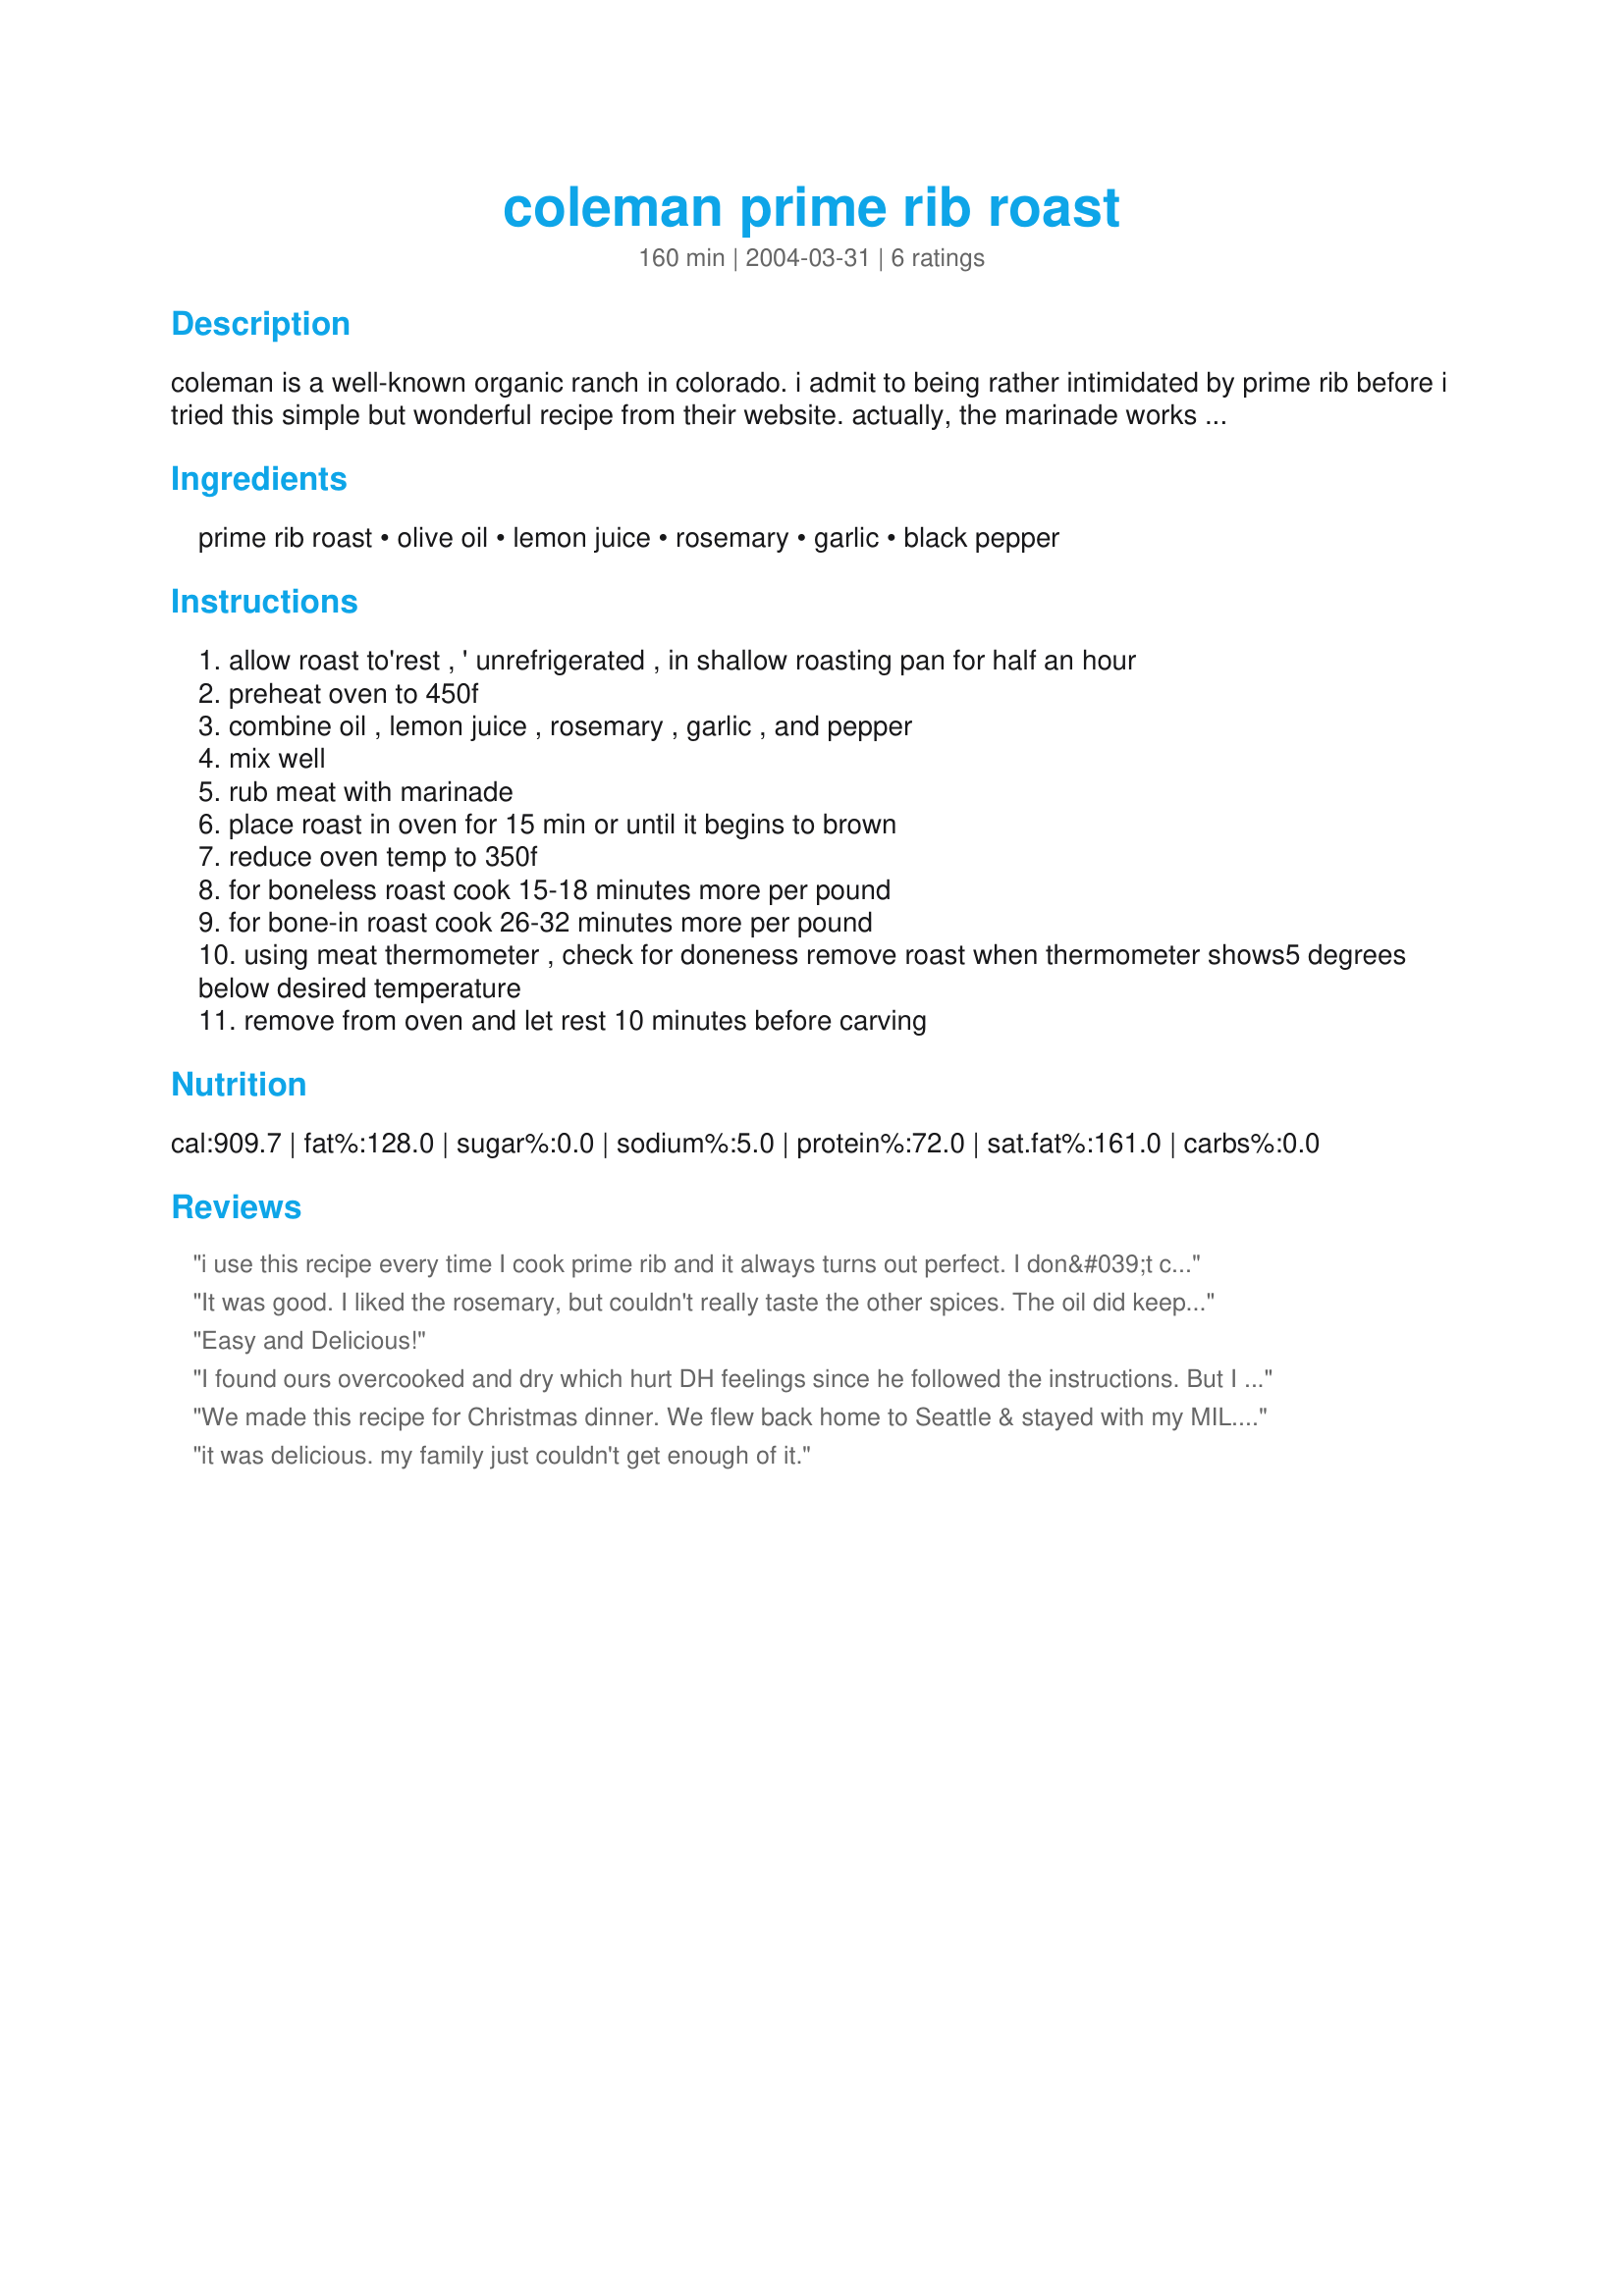
coleman prime rib roast
Preparation time: 160 minutes

coleman is a well-known organic ranch in colorado. i admit to being rather intimidated by prime rib before i tried this simple but wonderful recipe from their website. actually, the marinade works well on a variety of cuts.

Ingredients:
prime rib roast, olive oil, lemon juice, rosemary, garlic, black pepper

Steps:
allow roast to'rest , ' unrefrigerated , in shallow roasting pan for half an hour
preheat oven to 450f
combine oil , lemon juice , rosemary , garlic , and pepper
mix well
rub meat with marinade
place roast in oven for 15 min or until it begins to brown
reduce oven temp to 350f
for boneless roast cook 15-18 minutes more per pound
for bone-in roast cook 26-32 minutes more per pound
using meat thermometer , check for doneness remove roast when thermometer shows5 degrees below desired temperature
remove from oven and let rest 10 minutes before carving

Reviews:
i use this recipe every time I cook prime rib and it always turns out perfect. I don&#039;t cook it as long
It was good. I liked the rosemary, but couldn't really taste the other spices. The oil did keep the roast moist though!
Easy and Delicious!
I found ours overcooked and dry which hurt DH feelings since he followed the instructions. But I noticed the roast wasn't marbled hardly which may have been a contributing factor and altho it smelt wonderful cooking I felt it was lacking in flavour and we used fresh rosemary. Is there a difference between standing prime rib roast and ours which was caled prime rib roast chef style?? We have cooked prime rib before very successfully.
We made this recipe for Christmas dinner. We flew back home to Seattle & stayed with my MIL. We had to go out visiting while the roast cooked, so we didn't have time to wait around for the marinating. Mom didn't have any rosemary so i cut slits in the top of the roast, stuffed in garlic cloves and just deleted the rosemary altogether. Poured the marinade over the roast & started cooking. The high temp searing at the beginning was an excellent method of keeping the meat moist during roasting. My brother-in-law, who basically only eats McDonald's burgers and my dinner rolls actually ate it and liked it. I drained the fat and deglazed the roasting pan on the stove with some red wine (Merlot), added some flour & a can of beef broth and made a delicious gravy to go along side. Everyone enjoyed this easy & very tasty recipe. It's a keeper. Thank you!
it was delicious. my family just couldn't get enough of it.
